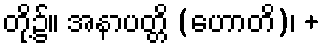
တို့၌။ အနာပတ္တိ (ဟောတိ)၊ +